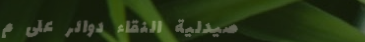
صيدلية النقاء دوائر على م